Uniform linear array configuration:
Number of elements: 32
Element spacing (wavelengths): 0.25
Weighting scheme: blackman
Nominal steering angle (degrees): -15
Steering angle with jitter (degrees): -16.377
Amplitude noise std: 0.05
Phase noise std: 0.05

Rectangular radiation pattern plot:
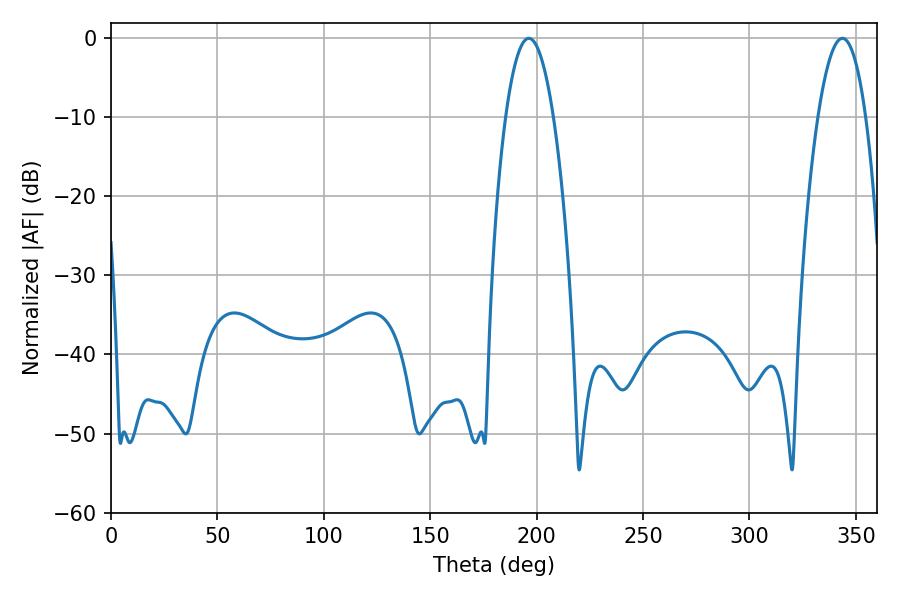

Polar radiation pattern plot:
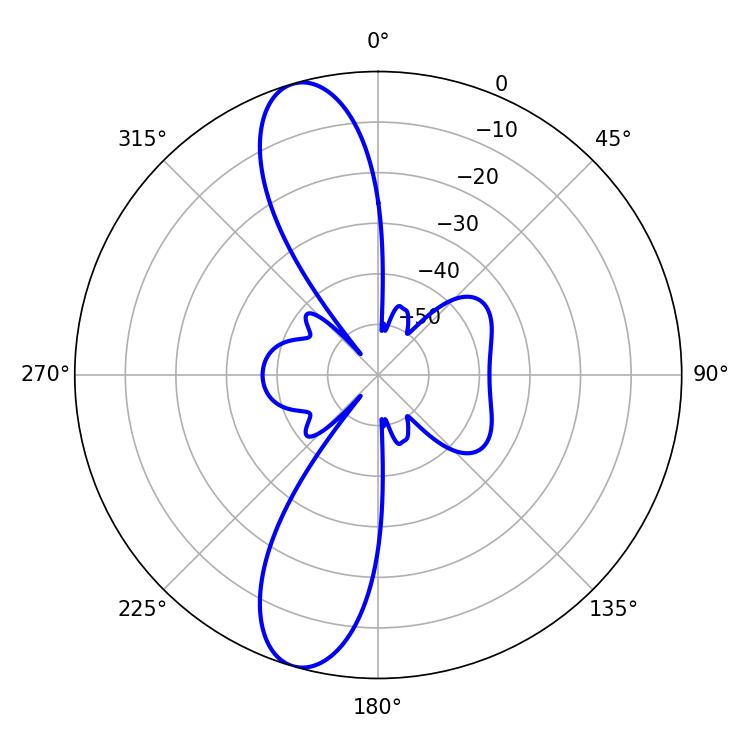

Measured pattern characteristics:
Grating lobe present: FALSE
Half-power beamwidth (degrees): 12.42
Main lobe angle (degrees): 196.38